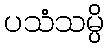
ပသံသမ္ပိ